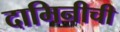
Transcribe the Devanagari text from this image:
दामिनीची